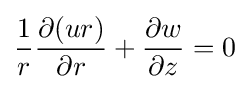
{\frac {1}{r}}{\frac {\partial (ur)}{\partial r}}+{\frac {\partial w}{\partial z}}=0